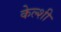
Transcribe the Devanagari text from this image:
केल्शी